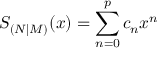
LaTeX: S _ { ( N | M ) } ( x ) = \sum _ { n = 0 } ^ { p } c _ { n } x ^ { n }